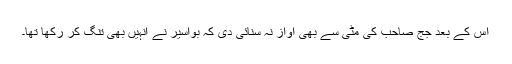
اس کے بعد جج صاحب کی مٹی سے بھی آواز نہ سنائی دی کہ بواسیر نے انہیں بھی تنگ کر رکھا تھا۔